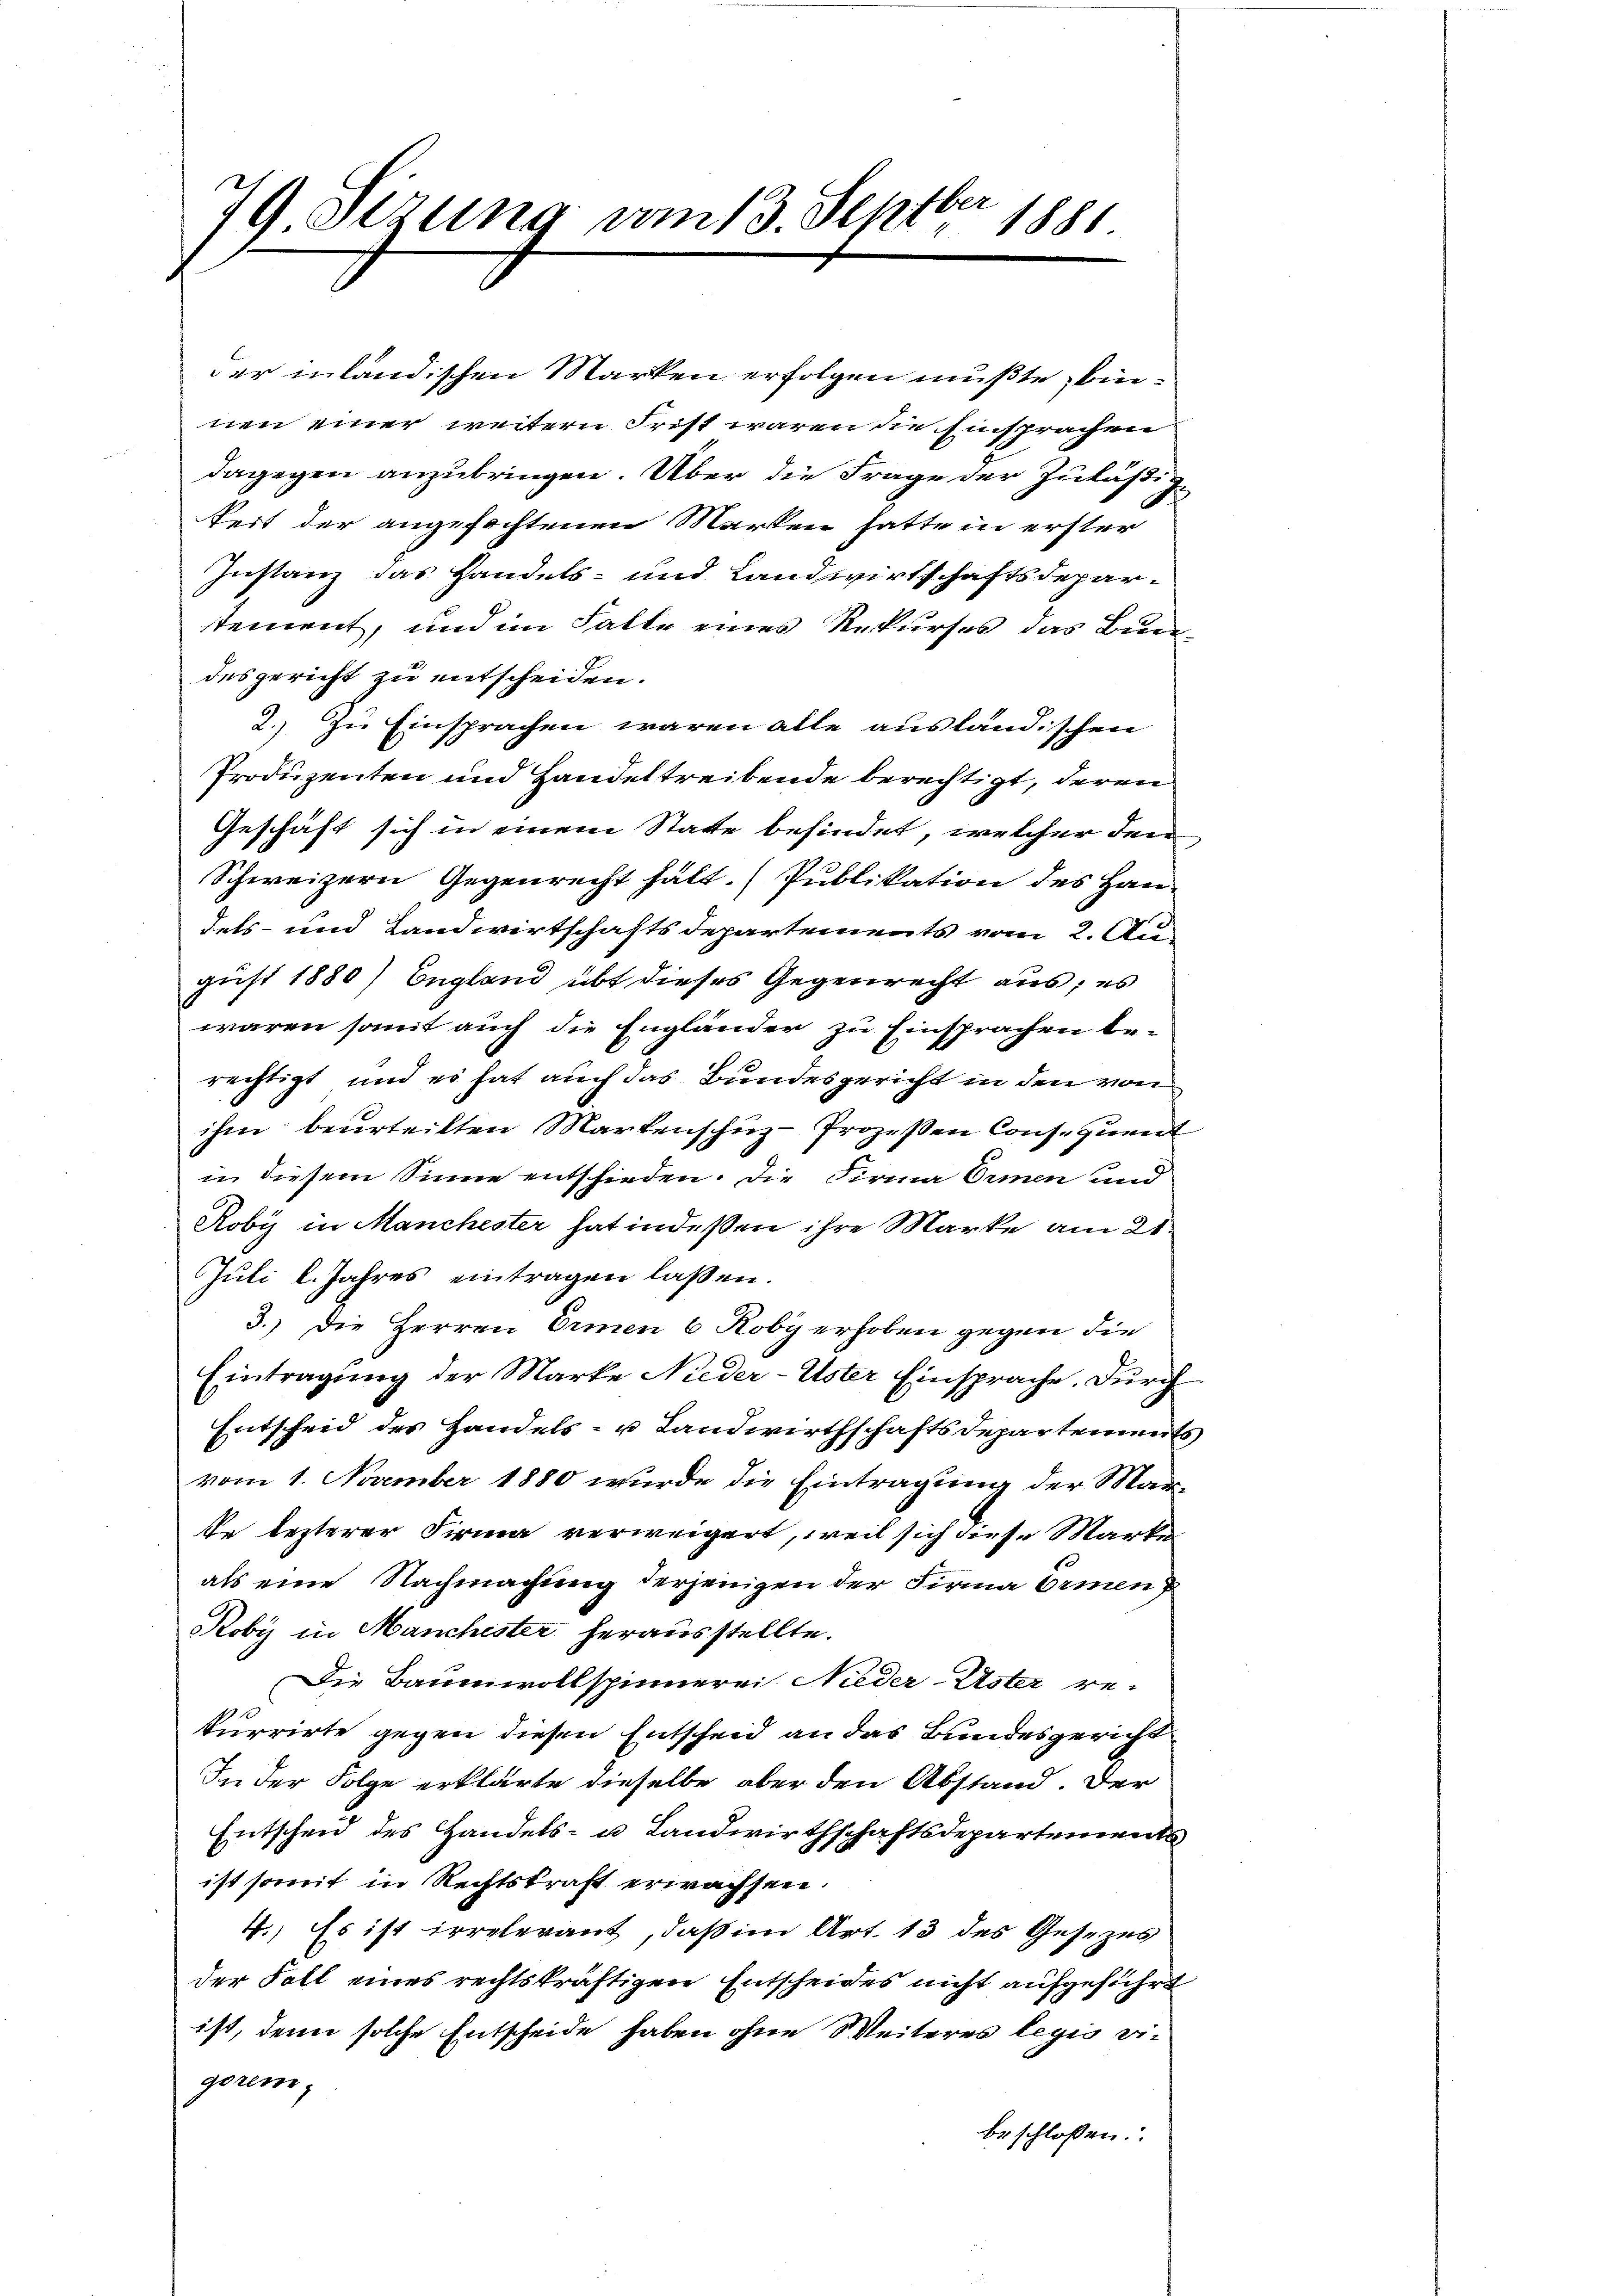
79. Sirung vom 13. Septber 1881

der inländischen Marken erfolgen mußte, binnen einer weitern Frist waren die Einsprachen
dagegen anzubringen. Über die Frage der Zuläßige
keit der angefochtenen Marken hatte in erster
Instanz das Handels- und Landwirtschaftsdeparstement, und im Falle eines Rekurses das Bun
desgericht zu entscheiden.
2.) Zu Einsprachen waren alle ausländischen
Produzenten und Handeltreibende berechtigt, deren
Geschäft sich in einem Statte befindet, welcher den
Schweizern Gegenrecht hält. (Publikation des Handels- und Landwirtschaftsdepartements vom 2. Au
gust 1880) England übt dieses Gegenrecht aus, es
waren somit auch die Engländer zu Einsprachen berechtigt, und es hat auch das Bundesgericht in den vom
ihm beurteilten Markenschuz-Prozeßen Consequent
in diesem Sinne entschieden. Die Firma Ormen und
Roby in Manchester hat indeßen ihre Marke am 21.
Juli l. Jahres eintragen lassen.
3.) Die Herren Ermen 6 Koby erhoben gegen die
Eintragung der Marke Nieder-Uster Einsprache. Durch
Entscheid des Handels- u Landwirthschaftsdepartemen
vom 1. November 1880 wurde die Eintragung der Marte lezterer Firma verweigert, weil sich diese Marke
als eine Nachmachung derjenigen der Firma Ermen
Roby in Manchester herausstellte.
Die Baumwollspinnerei Nieder-Uster rekurrirte gegen diesen Entscheid an das Bundesgericht
In der Folge erklärte dieselbe aber den Abstand. Der
Entscheid des Handels- u. Landwirthschaftsdepartements
ist somit in Rechtskraft erwachsen.
4.) Es ist irrelevant, daß im Art. 13 des Gesezes
der Fall eines rechtskräftigen Entscheides nicht aufgeführt
ist, denn solche Entscheide haben ohne Weiteres legio vie
gerem,
beschlossen: